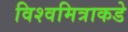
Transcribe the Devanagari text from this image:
विश्वमित्राकडे